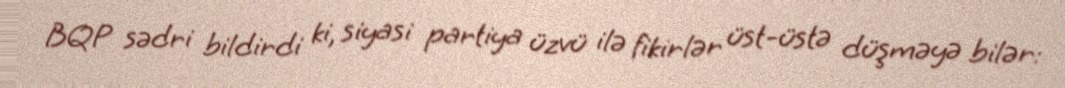
BQP sədri bildirdi ki, siyasi partiya üzvü ilə fikirlər üst-üstə düşməyə bilər: